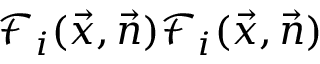
\mathcal { F } _ { i } ( \vec { x } , \vec { n } ) \mathcal { F } _ { i } ( \vec { x } , \vec { n } )